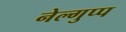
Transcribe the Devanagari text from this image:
नेल्गुप्प